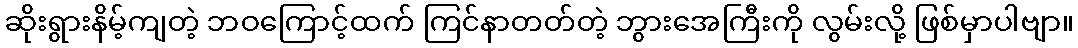
ဆိုးရွားနိမ့်ကျတဲ့ ဘဝကြောင့်ထက် ကြင်နာတတ်တဲ့ ဘွားအေကြီးကို လွမ်းလို့ ဖြစ်မှာပါဗျာ။